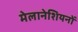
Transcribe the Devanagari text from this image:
मेलानेशियनों